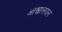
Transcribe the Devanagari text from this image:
आश्वालयन